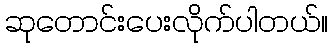
ဆုတောင်းပေးလိုက်ပါတယ်။